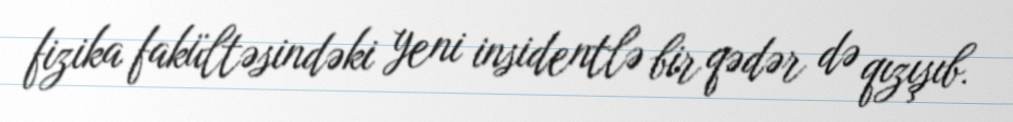
fizika fakültəsindəki yeni insidentlə bir qədər də qızışıb.